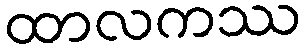
ထာလကဿ